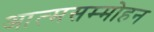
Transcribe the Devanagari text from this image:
आत्मसम्मोहन